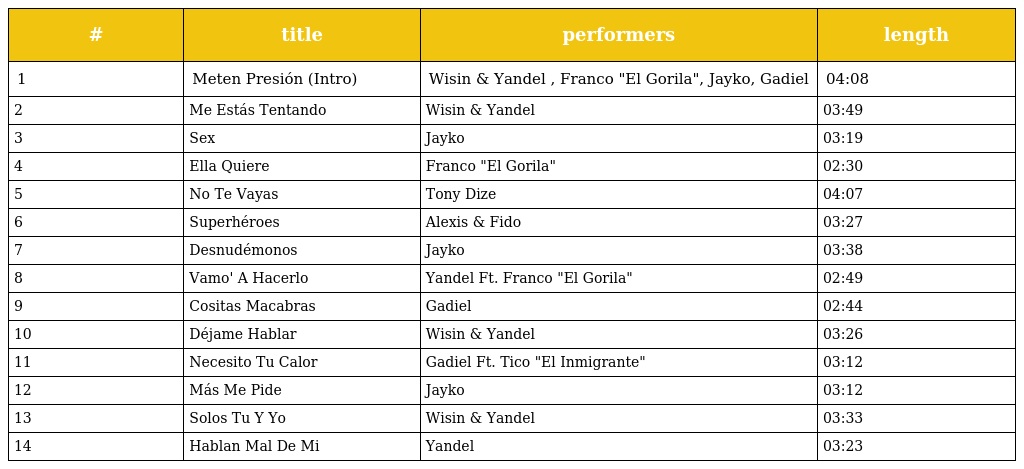
| # | title | performers | length |
 | --- | --- | --- | --- |
 | 1 | Meten Presión (Intro) | Wisin & Yandel , Franco "El Gorila", Jayko, Gadiel | 04:08 |
 | 2 | Me Estás Tentando | Wisin & Yandel | 03:49 |
 | 3 | Sex | Jayko | 03:19 |
 | 4 | Ella Quiere | Franco "El Gorila" | 02:30 |
 | 5 | No Te Vayas | Tony Dize | 04:07 |
 | 6 | Superhéroes | Alexis & Fido | 03:27 |
 | 7 | Desnudémonos | Jayko | 03:38 |
 | 8 | Vamo' A Hacerlo | Yandel Ft. Franco "El Gorila" | 02:49 |
 | 9 | Cositas Macabras | Gadiel | 02:44 |
 | 10 | Déjame Hablar | Wisin & Yandel | 03:26 |
 | 11 | Necesito Tu Calor | Gadiel Ft. Tico "El Inmigrante" | 03:12 |
 | 12 | Más Me Pide | Jayko | 03:12 |
 | 13 | Solos Tu Y Yo | Wisin & Yandel | 03:33 |
 | 14 | Hablan Mal De Mi | Yandel | 03:23 |